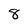
Character: 8